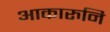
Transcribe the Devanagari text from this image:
आकारुनि